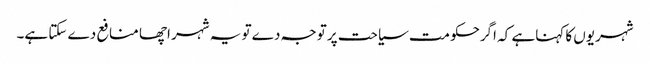
شہریوں کا کہناہے کہ اگرحکومت سیاحت پر توجہ دے تو یہ شہر اچھا منافع دے سکتا ہے۔